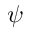
\psi